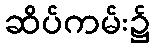
ဆိပ်ကမ်း၌